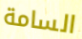
السامة